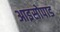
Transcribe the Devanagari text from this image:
आइसोपाड